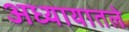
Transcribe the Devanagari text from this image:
अध्‍यायातले